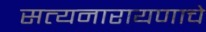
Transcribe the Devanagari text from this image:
सत्यनारायणाचे